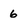
Character: 6